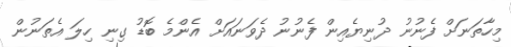
މިހާތަނަށް ފެނުނު ދުނިޔެއިން ފެނުނު ދެވަނައަށް އެންމެ ބޮޑު ގިނި ހިލަ އެތަނުން